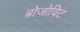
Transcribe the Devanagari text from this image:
ब्रोजोविट